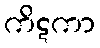
ကိဋကာ